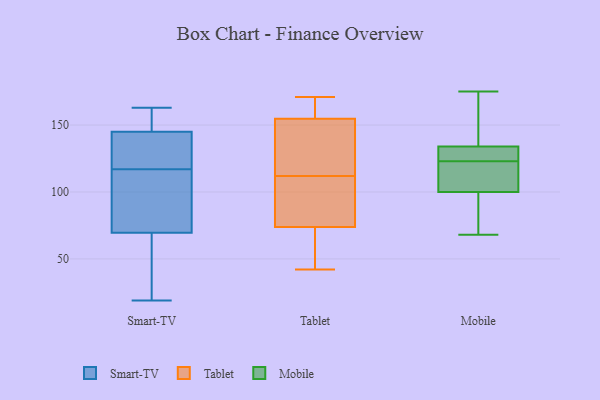
{"axis": {"x": "Satisfaction Score", "y": "Value"}, "legend": ["Mobile", "Smart-TV", "Tablet"], "data": [{"x": "", "y": 50, "type": "Smart-TV"}, {"x": "", "y": 19, "type": "Smart-TV"}, {"x": "", "y": 20, "type": "Smart-TV"}, {"x": "", "y": 144, "type": "Smart-TV"}, {"x": "", "y": 117, "type": "Smart-TV"}, {"x": "", "y": 84, "type": "Smart-TV"}, {"x": "", "y": 100, "type": "Smart-TV"}, {"x": "", "y": 136, "type": "Smart-TV"}, {"x": "", "y": 150, "type": "Smart-TV"}, {"x": "", "y": 163, "type": "Smart-TV"}, {"x": "", "y": 76, "type": "Smart-TV"}, {"x": "", "y": 148, "type": "Smart-TV"}, {"x": "", "y": 120, "type": "Smart-TV"}, {"x": "", "y": 67, "type": "Tablet"}, {"x": "", "y": 76, "type": "Tablet"}, {"x": "", "y": 112, "type": "Tablet"}, {"x": "", "y": 162, "type": "Tablet"}, {"x": "", "y": 115, "type": "Tablet"}, {"x": "", "y": 47, "type": "Tablet"}, {"x": "", "y": 42, "type": "Tablet"}, {"x": "", "y": 121, "type": "Tablet"}, {"x": "", "y": 76, "type": "Tablet"}, {"x": "", "y": 153, "type": "Tablet"}, {"x": "", "y": 160, "type": "Tablet"}, {"x": "", "y": 105, "type": "Tablet"}, {"x": "", "y": 171, "type": "Tablet"}, {"x": "", "y": 120, "type": "Mobile"}, {"x": "", "y": 175, "type": "Mobile"}, {"x": "", "y": 68, "type": "Mobile"}, {"x": "", "y": 164, "type": "Mobile"}, {"x": "", "y": 124, "type": "Mobile"}, {"x": "", "y": 104, "type": "Mobile"}, {"x": "", "y": 131, "type": "Mobile"}, {"x": "", "y": 75, "type": "Mobile"}, {"x": "", "y": 136, "type": "Mobile"}, {"x": "", "y": 132, "type": "Mobile"}, {"x": "", "y": 122, "type": "Mobile"}, {"x": "", "y": 99, "type": "Mobile"}, {"x": "", "y": 134, "type": "Mobile"}, {"x": "", "y": 100, "type": "Mobile"}]}